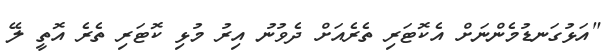
"އަޅުގަނޑުމެންނަށް އެކޮޓަރި ތެރެއަށް ދެވުނު އިރު މުޅި ކޮޓަރި ތެރެ އޮތީ ލޭ